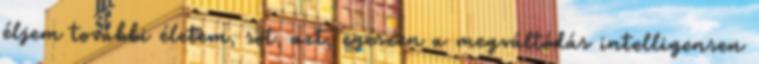
éljem további életem, sõt, azt, egészen a megváltódás intelligensen